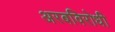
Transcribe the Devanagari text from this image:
अरबविरोधी